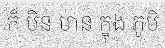
ក៏ មិន មាន ក្នុង ភូមិ